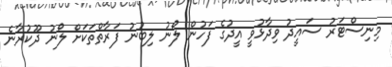
މިނިސްޓަރު ސައީދު ވިދާޅުވީ އީދުގެ ފަހުން ލޯނު ލިބުނު ފަރާތްތަކަށް ލޯނު ދޫކުރާނެ